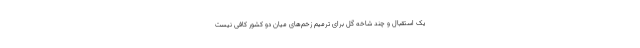
یک استقبال و چند شاخه گل برای ترمیم زخم‌های میان دو کشور کافی نیست